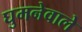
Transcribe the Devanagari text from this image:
घुमनेवाले